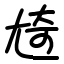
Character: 㞆